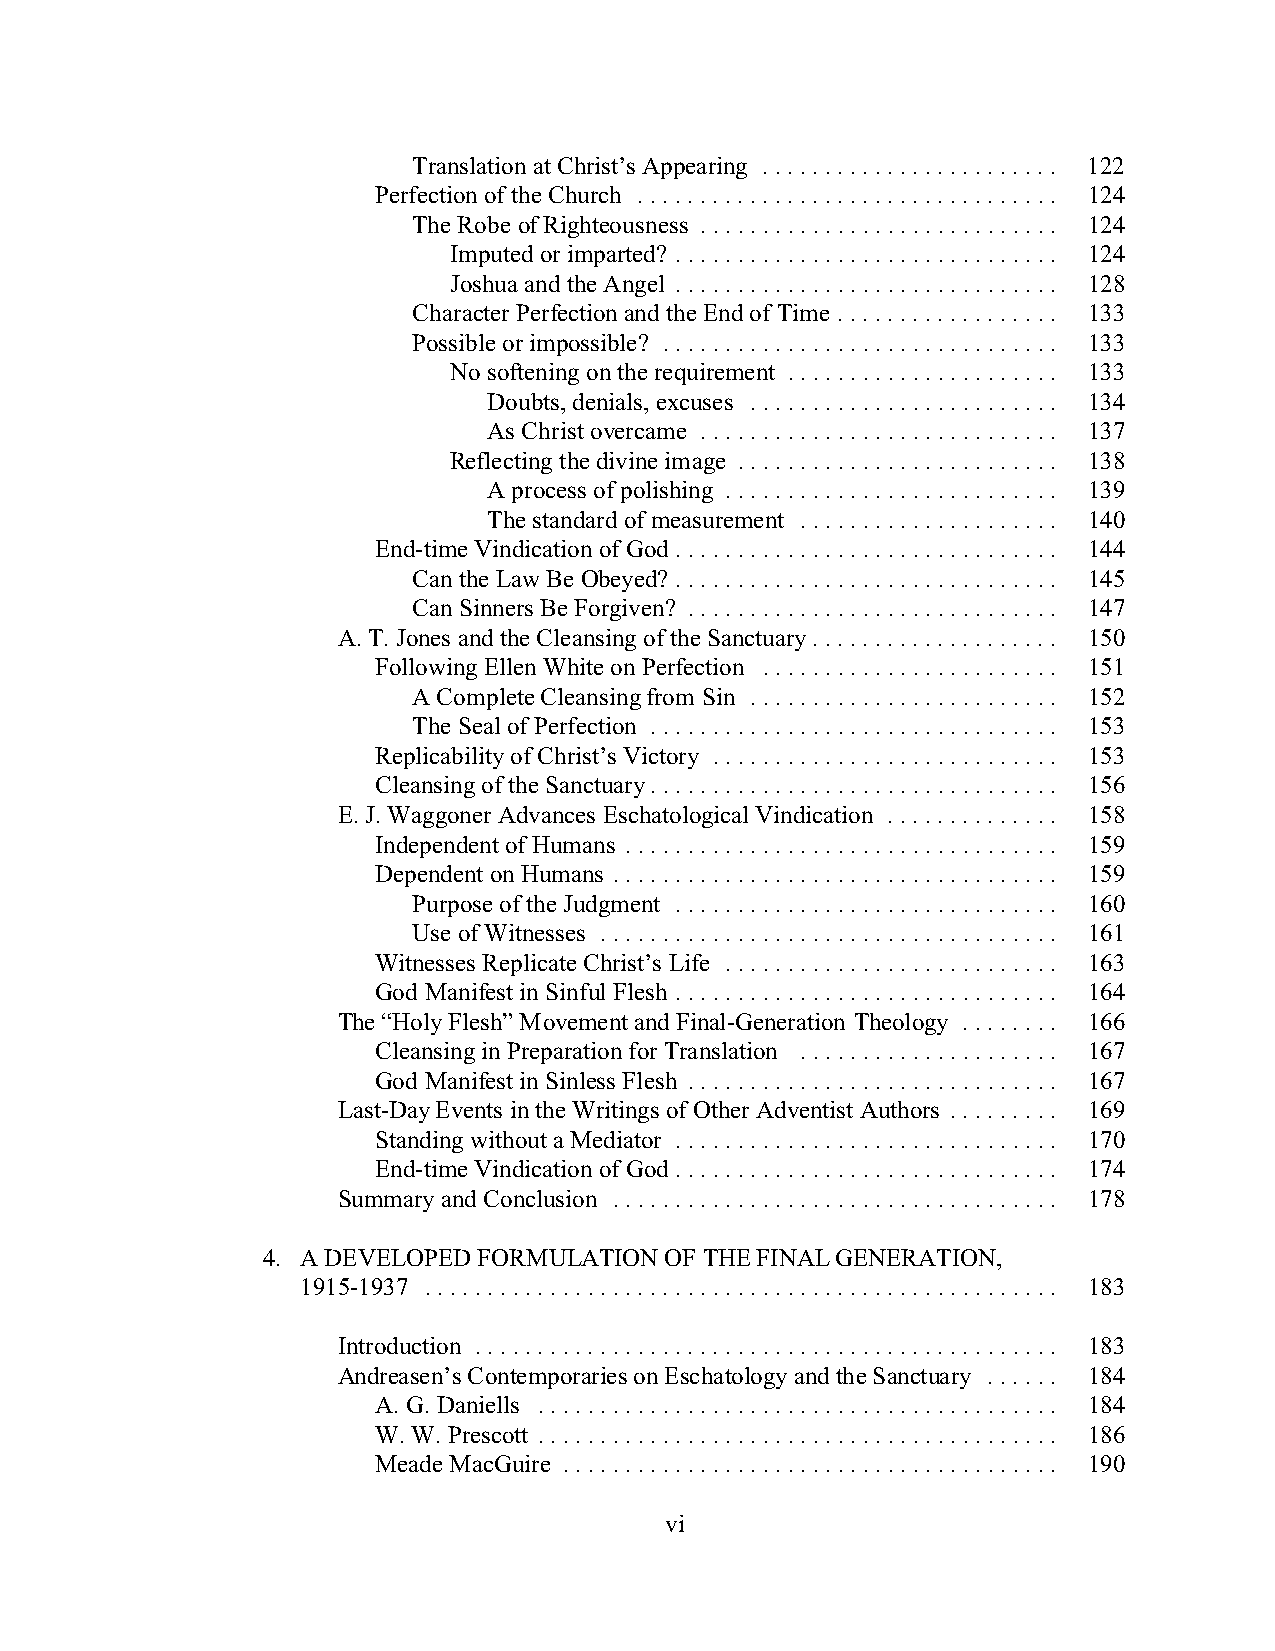
Translation at Christ’s Appearing ........................ 122
 Perfection of the Church .................................. 124
 The Robe of Righteousness ............................. 124
 Imputed or imparted? ............................... 124
 Joshua and the Angel ............................... 128
 Character Perfection and the End of Time .................. 133
 Possible or impossible? ................................ 133
 No softening on the requirement ...................... 133
 Doubts, denials, excuses ......................... 134
 As Christ overcame ............................. 137
 Reflecting the divine image .......................... 138
 A process of polishing ........................... 139
 The standard of measurement ..................... 140
 End-time Vindication of God ............................... 144
 Can the Law Be Obeyed? ............................... 145
 Can Sinners Be Forgiven? .............................. 147
 A. T. Jones and the Cleansing of the Sanctuary.................... 150
 Following Ellen White on Perfection ........................ 151
 A Complete Cleansing from Sin ......................... 152
 The Seal of Perfection ................................. 153
 Replicability of Christ’s Victory ............................ 153
 Cleansing of the Sanctuary................................. 156
 E. J. Waggoner Advances Eschatological Vindication .............. 158
 Independent of Humans ................................... 159
 Dependent on Humans .................................... 159
 Purpose of the Judgment ............................... 160
 Use of Witnesses ..................................... 161
 Witnesses Replicate Christ’s Life ........................... 163
 God Manifest in Sinful Flesh ............................... 164
 The “Holy Flesh” Movement and Final-Generation Theology ........ 166
 Cleansing in Preparation for Translation ..................... 167
 God Manifest in Sinless Flesh .............................. 167
 Last-Day Events in the Writings of Other Adventist Authors ......... 169
 Standing without a Mediator ............................... 170
 End-time Vindication of God ............................... 174
 Summary and Conclusion .................................... 178
 4. A DEVELOPED FORMULATION OF THE FINAL GENERATION,
 1915-1937 ................................................... 183
 Introduction ............................................... 183
 Andreasen’s Contemporaries on Eschatology and the Sanctuary ...... 184
 A. G. Daniells .......................................... 184
 W. W. Prescott .......................................... 186
 Meade MacGuire ........................................ 190
 vi